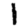
Digit: 1